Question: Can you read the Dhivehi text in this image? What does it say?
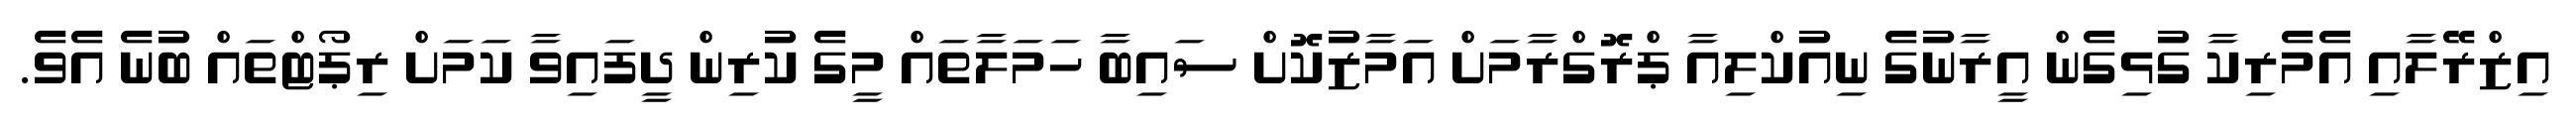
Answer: އިޒްރޭލާއި އެމެރިކާ ގުޅިގެން އީރާނުގެ ނިއުކްލިއާ ޕްރޮގްރާމަށް އަމާޒުކޮށް ސައިބާ ހަމަލާތައް މީގެ ކުރިން ދީފައިވާ ކަމަށް ރިޕޯޓްތައް ބުނެ އެވެ.